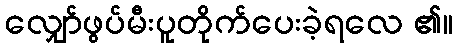
လျှော်ဖွပ်မီးပူတိုက်ပေးခဲ့ရလေ ၏။